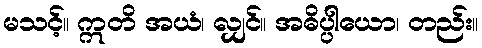
မသင့်။ ဣတိ အယံ၊ လျှင်။ အဓိပ္ပါယော၊ တည်း။